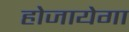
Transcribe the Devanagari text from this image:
होजायेगा